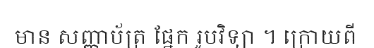
មាន សញ្ញាប័ត្រ ផ្នែក រូបវិទ្យា ។ ក្រោយពី